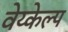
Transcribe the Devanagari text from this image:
वेय्केल्प